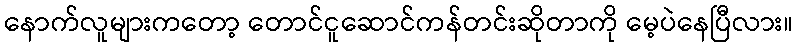
နောက်လူများကတော့ တောင်ငူဆောင်ကန်တင်းဆိုတာကို မေ့ပဲနေပြီလား။